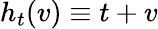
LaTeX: h_{t}(v)\equiv t+v